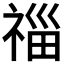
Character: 𥚉